Tartu_linnavalitsus, lk 90
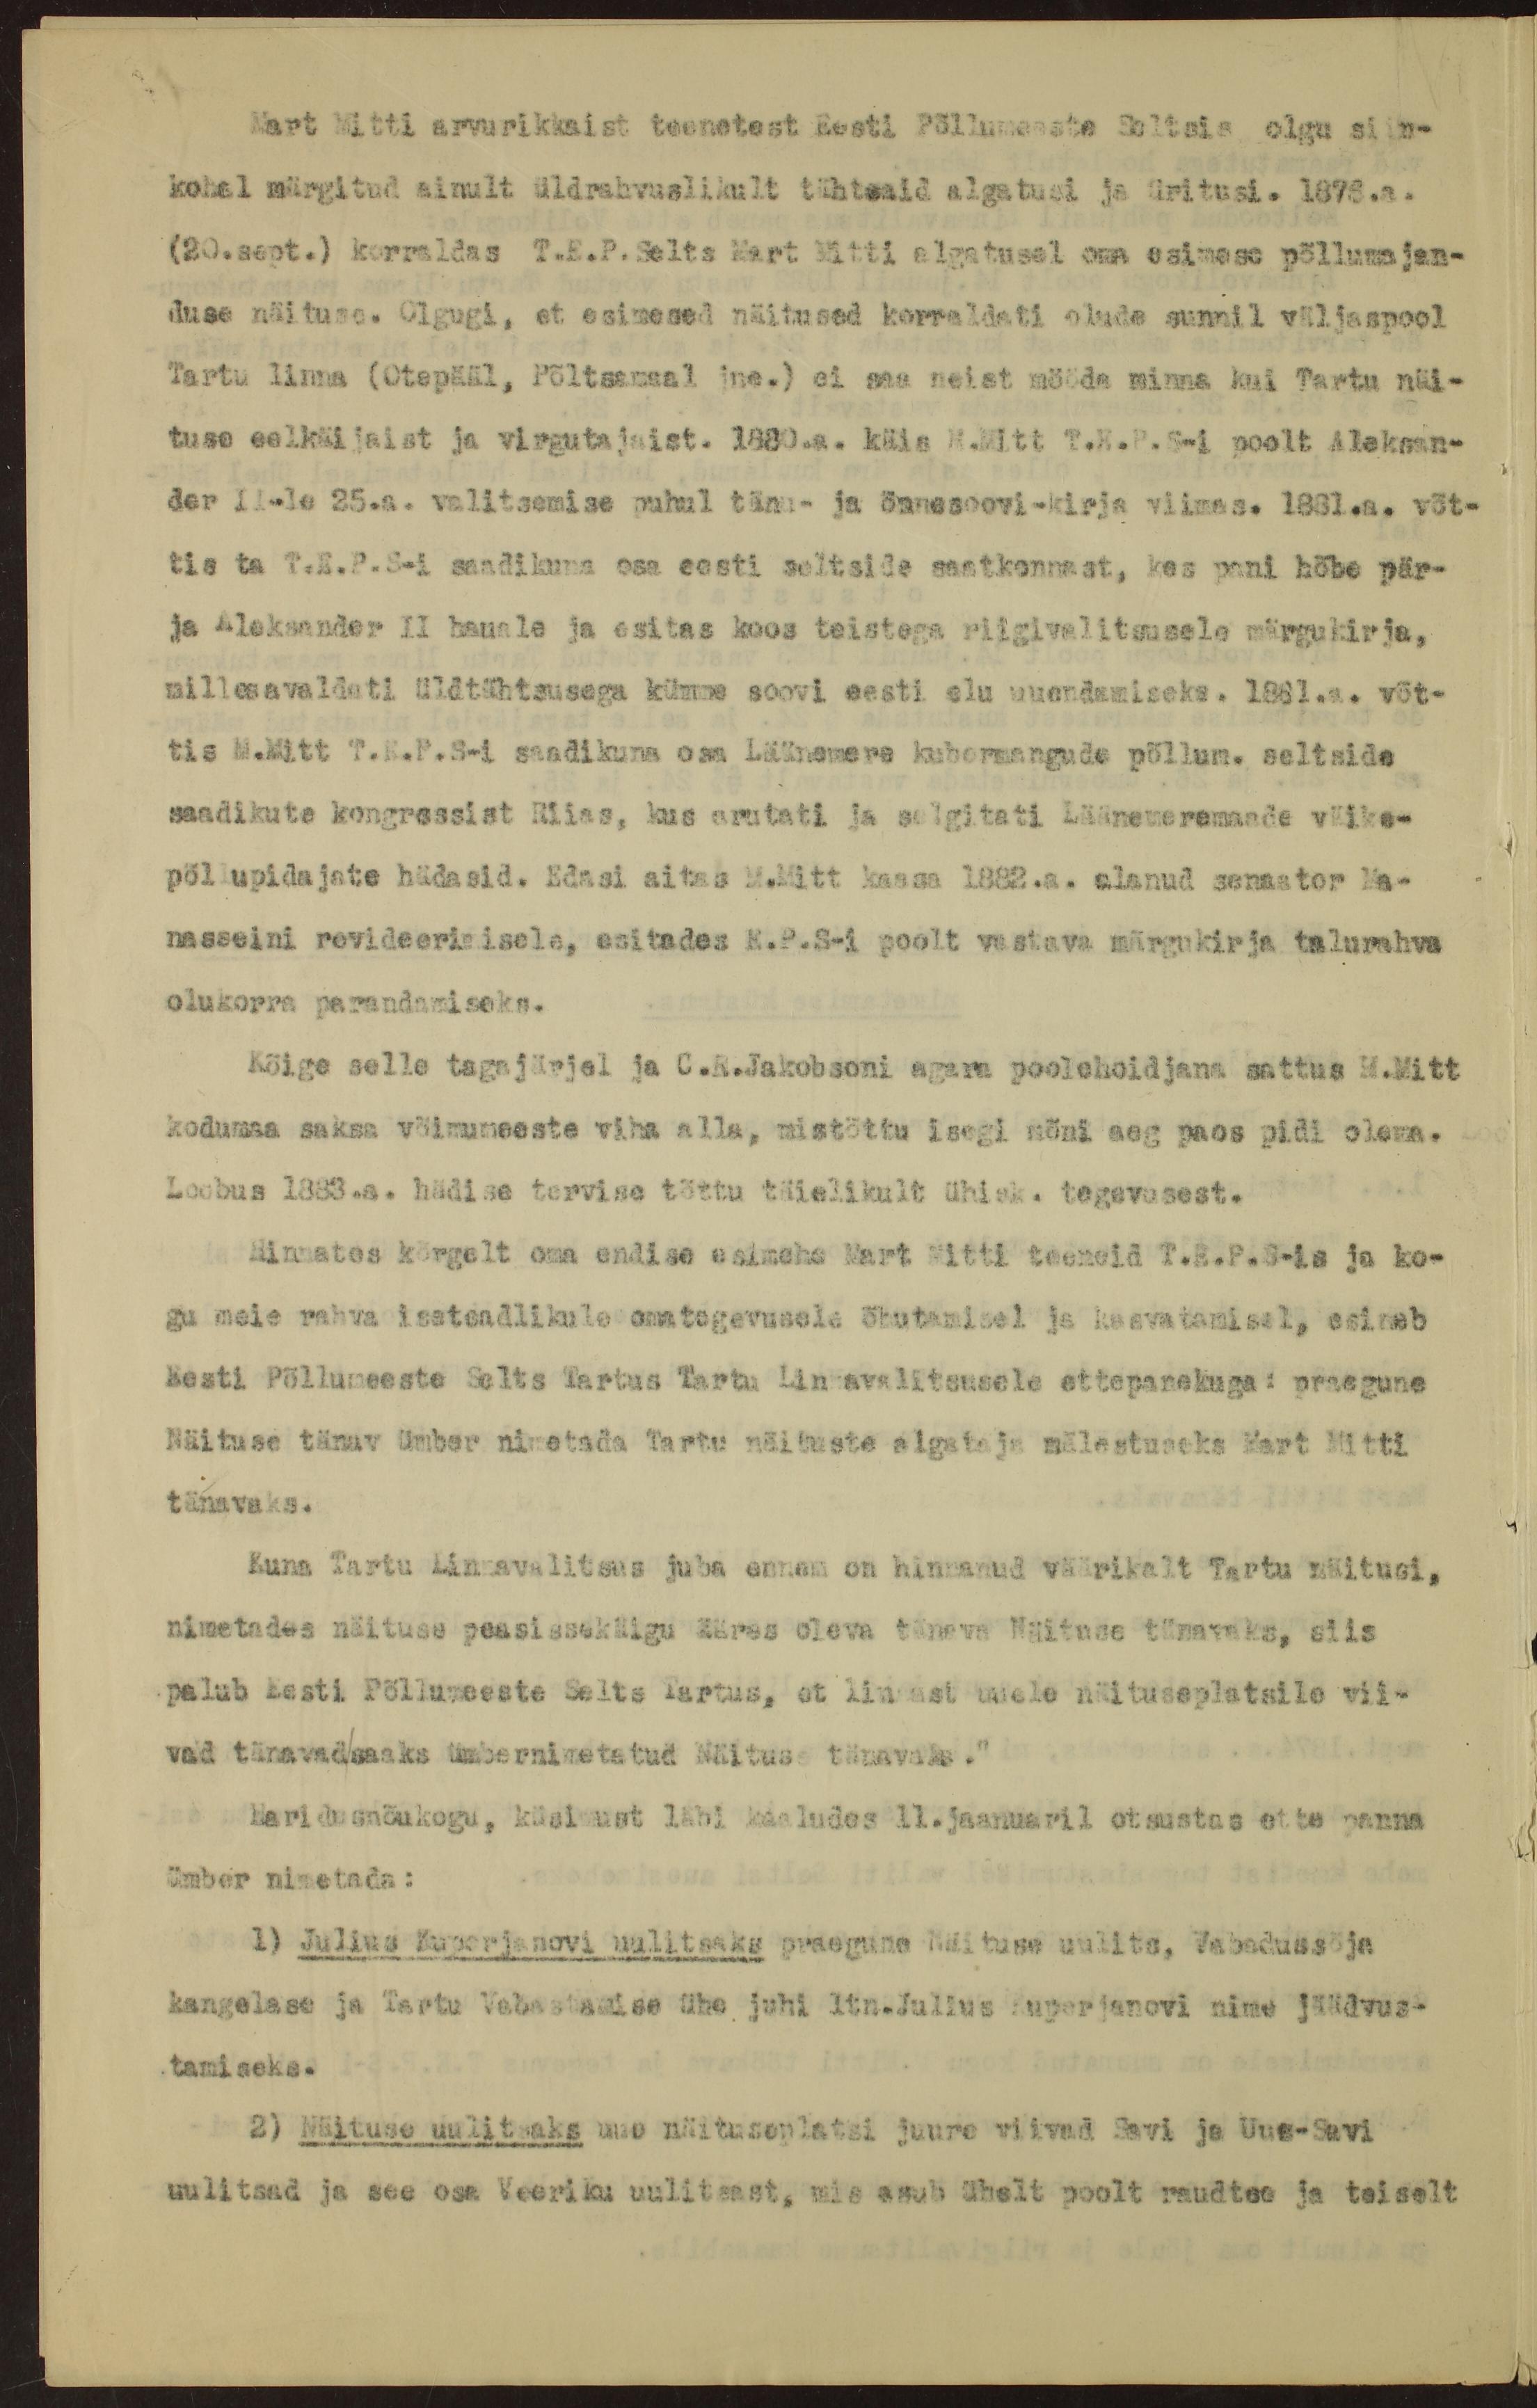
Mart Mitti arvurikkaist teenetest Eesti Põllumeeste Seltsis olgu siin-
kohal märgitud ainult üldrahvuslikult tähtsaid algatusi ja üritusi. 1878.a.
(20.sept.) korraldas T.E.P.Selts Mart Mitti algatusel oma esimese põllumajan-
duse näituse. Olgugi, et esimesed näitused korraldati olude sunnil väljaspool
Tartu linna (Otepääl, Põltsamaal jne.) ei saa neist mööda minna kui Tartu näi-
tuse eelkäijaist ja virgutajaist. 1880.a. käis M.Mitt T.E.P.S-i poolt Aleksan-
der Il-le 25.a. valitsemise puhul tänu- ja õnnesoovi-kirja viimas. 1881.a. võt-
tis ta T.E.P.S-i saadikuna osa eesti seltside saatkonnast, kes pani hõbe pär-
ja Aleksander II hauale ja esitas koos teistega riigivalitsusele märgukirja.
milles avaldati üldtähtsusega kümme soovi eesti elu uuendamiseks. 1881.a. võt-
tis M.Mitt T.E.P.S-i saadikuna osa Läänemere kubermangude põllum. seltside
saadikute kongressist Riias, kus arutati ja selgitati Läänemeremaade väike-
põllupidajate hädasid. Edasi aitas M.Mitt kaasa 1882.a. alanud senaator Ma-
nasseini revideerimisele, esitades E.P.S-i poolt vastava märgukirja talurahva
olukorra parandamiseks.
Kõige selle tagajärjel ja C.R.Jakobsoni agara poolehoidjana sattus M.Mitt
kodumaa saksa võimumeeste viha alla, mistõttu isegi mõni aeg paos pidi olema.
Loobus 1883.a. hädise tervise tõttu täielikult ühisk. tegevusest.
Hinnates kõrgelt oma endise esimehe Mart Mitti teeneid T.E.P.S-is ja ko-
gu meie rahva iseteadlikule omategevusele õhutamisel ja kasvatamisel, esineb
Eesti Põllumeeste Selts Tartus Tartu Linnavalitsusele ettepanekuga: praegune
Näituse tänav ümber nimetada Tartu näituste algataja mälestuseks Mart Mitti
tänavaks.
Kuna Tartu Linnavalitsus juba ennem on hinnanud väärikalt Tartu näitusi,
nimetades näituse peasissekäigu ääres oleva tänava Näituse tänavaks, siis
palub Eesti Põllumeeste Selts Tartus, et linnast uuele näituseplatsile vii-
vad tänavadsaaks ümbernimetatud Näitus tänavaks."
Haridusnõukogu, küsimust läbi kaaludes 11.jaanuaril otsustas ette panna
ümber nimetada:
1) Julius Kuperjanovi uulitsaks praegune Näituse uulits, Vabadussõja
kangelase ja Tartu Vabastamise ühe juhi ltn.Julius Kuperjanovi nime jäädvus-
tamiseks.
2) Näituse uulitsaks uue näituseplatsi juure viivad Savi ja Uue-Savi
uulitsad ja see osa Veeriku uulitsast, mis asub ühelt poolt raudtee ja teiselt